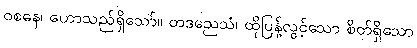
ဝစနေ၊ ဟောသည်ရှိသော်။ တဒညေသံ၊ ထိုပြန့်လွင့်သော စိတ်ရှိသော